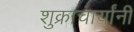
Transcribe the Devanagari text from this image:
शुक्राचार्यांनी